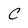
Character: C